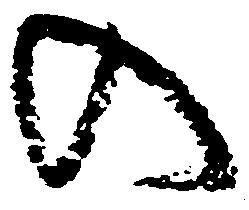
の